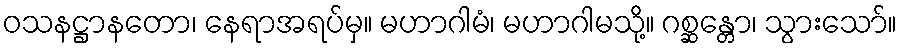
ဝသနဋ္ဌာနတော၊ နေရာအရပ်မှ။ မဟာဂါမံ၊ မဟာဂါမသို့။ ဂစ္ဆန္တော၊ သွားသော်။